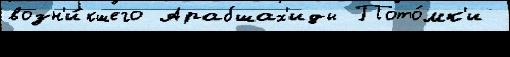
возн'и́кшего Арабшах'иды Пото́мк'и